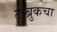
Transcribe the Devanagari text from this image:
टोब्रुकचा